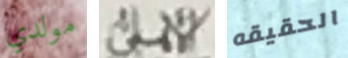
مولدي الأهلى الحقيقه